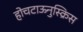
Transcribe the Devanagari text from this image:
होचटाऊनुस्क्रिस